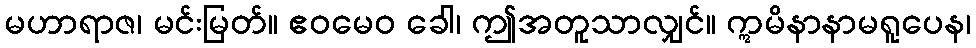
မဟာရာဇ၊ မင်းမြတ်။ ဧဝမေဝ ခေါ၊ ဤအတူသာလျှင်။ ဣမိနာနာမရူပေန၊